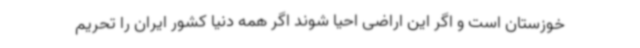
خوزستان است و اگر این اراضی احیا شوند اگر همه دنیا کشور ایران را تحریم